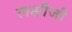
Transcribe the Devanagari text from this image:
लक्षीजी